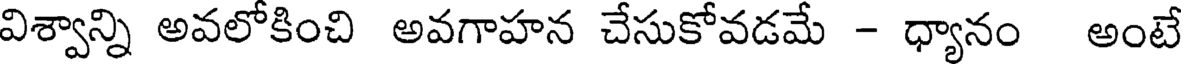
విశ్వాన్ని అవలోకించి అవగాహన చేసుకోవడమే - ధ్యానం అంటే